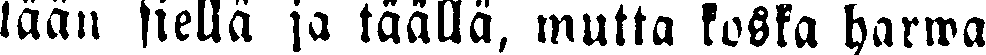
tään siellä ja täällä, mutta koska harwa